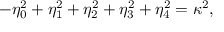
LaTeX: - \eta _ { 0 } ^ { 2 } + \eta _ { 1 } ^ { 2 } + \eta _ { 2 } ^ { 2 } + \eta _ { 3 } ^ { 2 } + \eta _ { 4 } ^ { 2 } = \kappa ^ { 2 } ,